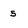
Character: 5